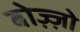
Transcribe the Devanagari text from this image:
बोज़्ज़ो